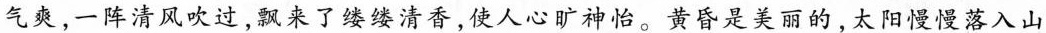
气爽，一阵清风吹过，飘来了缕缕清香，使人心旷神怡。黄昏是美丽的，太阳慢慢落入山